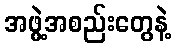
အဖွဲ့အစည်းတွေနဲ့